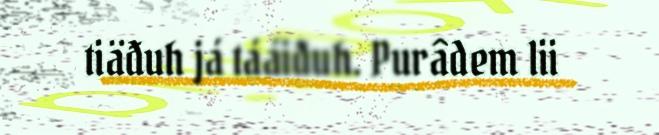
tiäđuh já tááiđuh. Purâdem lii